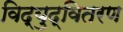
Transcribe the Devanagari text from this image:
विद्युद्वितरण